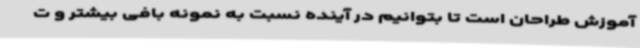
آموزش طراحان است تا بتوانیم در آینده نسبت به نمونه بافی بیشتر و ت